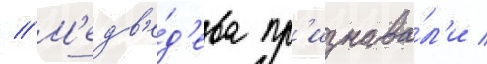
// М'едв'е́д'ева пр'изнава́л'и /